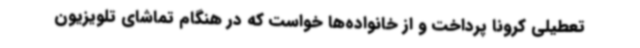
تعطیلی کرونا پرداخت و از خانواده‌ها خواست که در هنگام تماشای تلویزیون